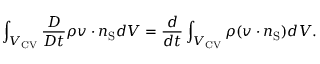
\int _ { { V _ { \mathrm { { C V } } } } } \frac { D } { D t } \rho \boldsymbol { v } \cdot \boldsymbol { n } _ { \mathrm { { S } } } d V = \frac { d } { d t } \int _ { { V _ { \mathrm { { C V } } } } } \rho ( \boldsymbol { v } \cdot \boldsymbol { n } _ { \mathrm { { S } } } ) d V .